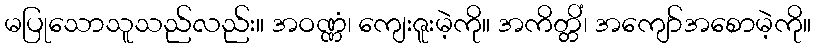
မပြုသောသူသည်လည်း။ အဝဏ္ဏံ၊ ကျေးဇူးမဲ့ကို။ အကိတ္တိံ၊ အကျော်အစောမဲ့ကို။